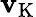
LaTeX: \mathbf{v}_{\mathrm{{K}}}